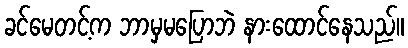
ခင်မေတင့်က ဘာမှမပြောဘဲ နားထောင်နေသည်။